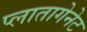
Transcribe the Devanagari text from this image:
प्लातागेनेट